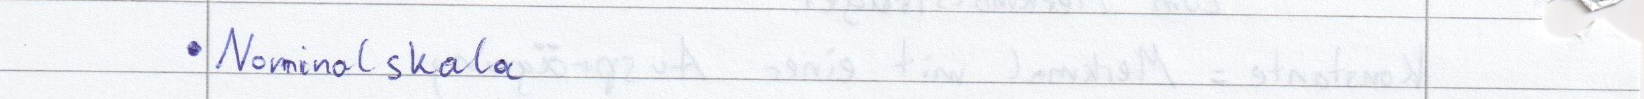
Nominalskala